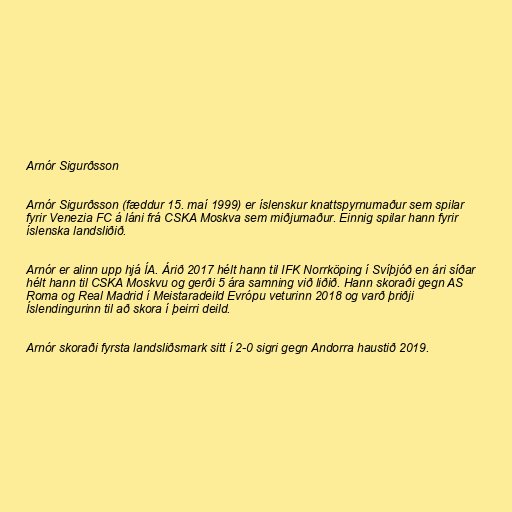
Arnór Sigurðsson

Arnór Sigurðsson (fæddur 15. maí 1999) er íslenskur knattspyrnumaður sem spilar
fyrir Venezia FC á láni frá CSKA Moskva sem miðjumaður. Einnig spilar hann fyrir
íslenska landsliðið.

Arnór er alinn upp hjá ÍA. Árið 2017 hélt hann til IFK Norrköping í Svíþjóð en ári síðar
hélt hann til CSKA Moskvu og gerði 5 ára samning við liðið. Hann skoraði gegn AS
Roma og Real Madrid í Meistaradeild Evrópu veturinn 2018 og varð þriðji
Íslendingurinn til að skora í þeirri deild.

Arnór skoraði fyrsta landsliðsmark sitt í 2-0 sigri gegn Andorra haustið 2019.